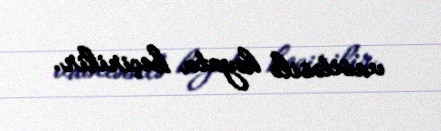
vasitəsilə həyata keçirilir.